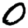
Digit: 0